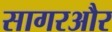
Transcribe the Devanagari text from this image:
सागरऔर